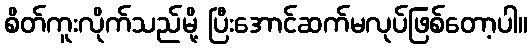
စိတ်ကူးလိုက်သည်မို့ ပြီးအောင်ဆက်မလုပ်ဖြစ်တော့ပါ။